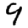
Digit: 9